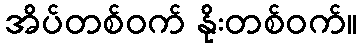
အိပ်တစ်ဝက် နိုးတစ်ဝက်။